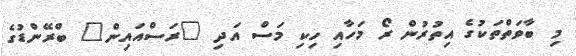
މި ބާވަތްތަކުގެ އިތުރުން ރޯ މަހާއި ހިކި މަސް އަދި "ރަސްއައިން" ބްރޭންޑުގެ